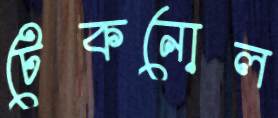
টেকনোল